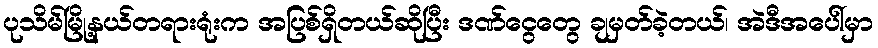
ပုသိမ်မြို့နယ်တရားရုံးက အပြစ်ရှိတယ်ဆိုပြီး ဒဏ်ငွေတွေ ချမှတ်ခဲ့တယ်၊ အဲဒီအပေါ်မှာ